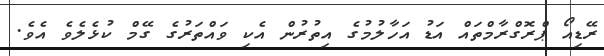
ރޭޑިއޯ ޕްރޮގްރާމްތައް އަޑު އަހާލުމުގެ އިތުރުން އެކި ވައްތަރުގެ ގޭމް ކުޅެލެވެ އެވެ.